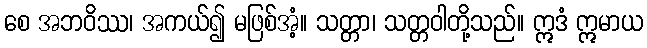
စေ အဘဝိဿ၊ အကယ်၍ မဖြစ်အံ့။ သတ္တာ၊ သတ္တဝါတို့သည်။ ဣဒံ ဣမာယ